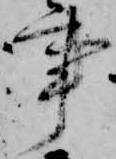
事